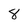
Character: 8